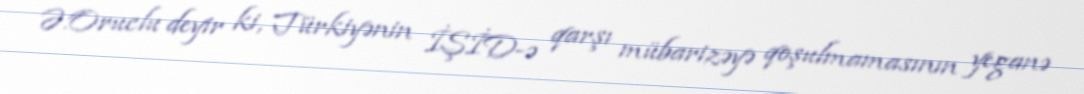
Ə.Oruclu deyir ki, Türkiyənin İŞİD-ə qarşı mübarizəyə qoşulmamasının yeganə